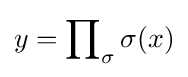
y=\prod \nolimits _{\sigma }\sigma (x)